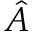
\hat { A }